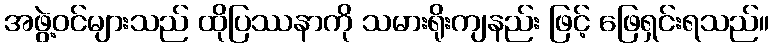
အဖွဲ့ဝင်များသည် ထိုပြဿနာကို သမားရိုးကျနည်း ဖြင့် ဖြေရှင်းရသည်။